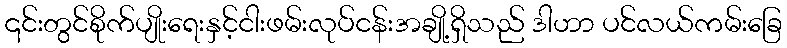
၎င်းတွင်စိုက်ပျိုးရေးနှင့်ငါးဖမ်းလုပ်ငန်းအချို့ရှိသည် ဒါဟာ ပင်လယ်ကမ်းခြေ